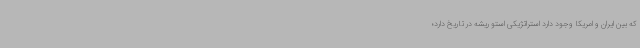
که بین ایران و امریکا وجود دارد استراتژیکی استو ریشه در تاریخ دارد؛